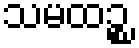
သမထဉ္စ